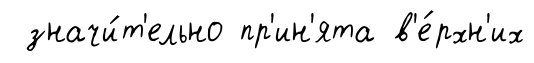
значи́т'ельно пр'ин'ята в'е́рхн'их